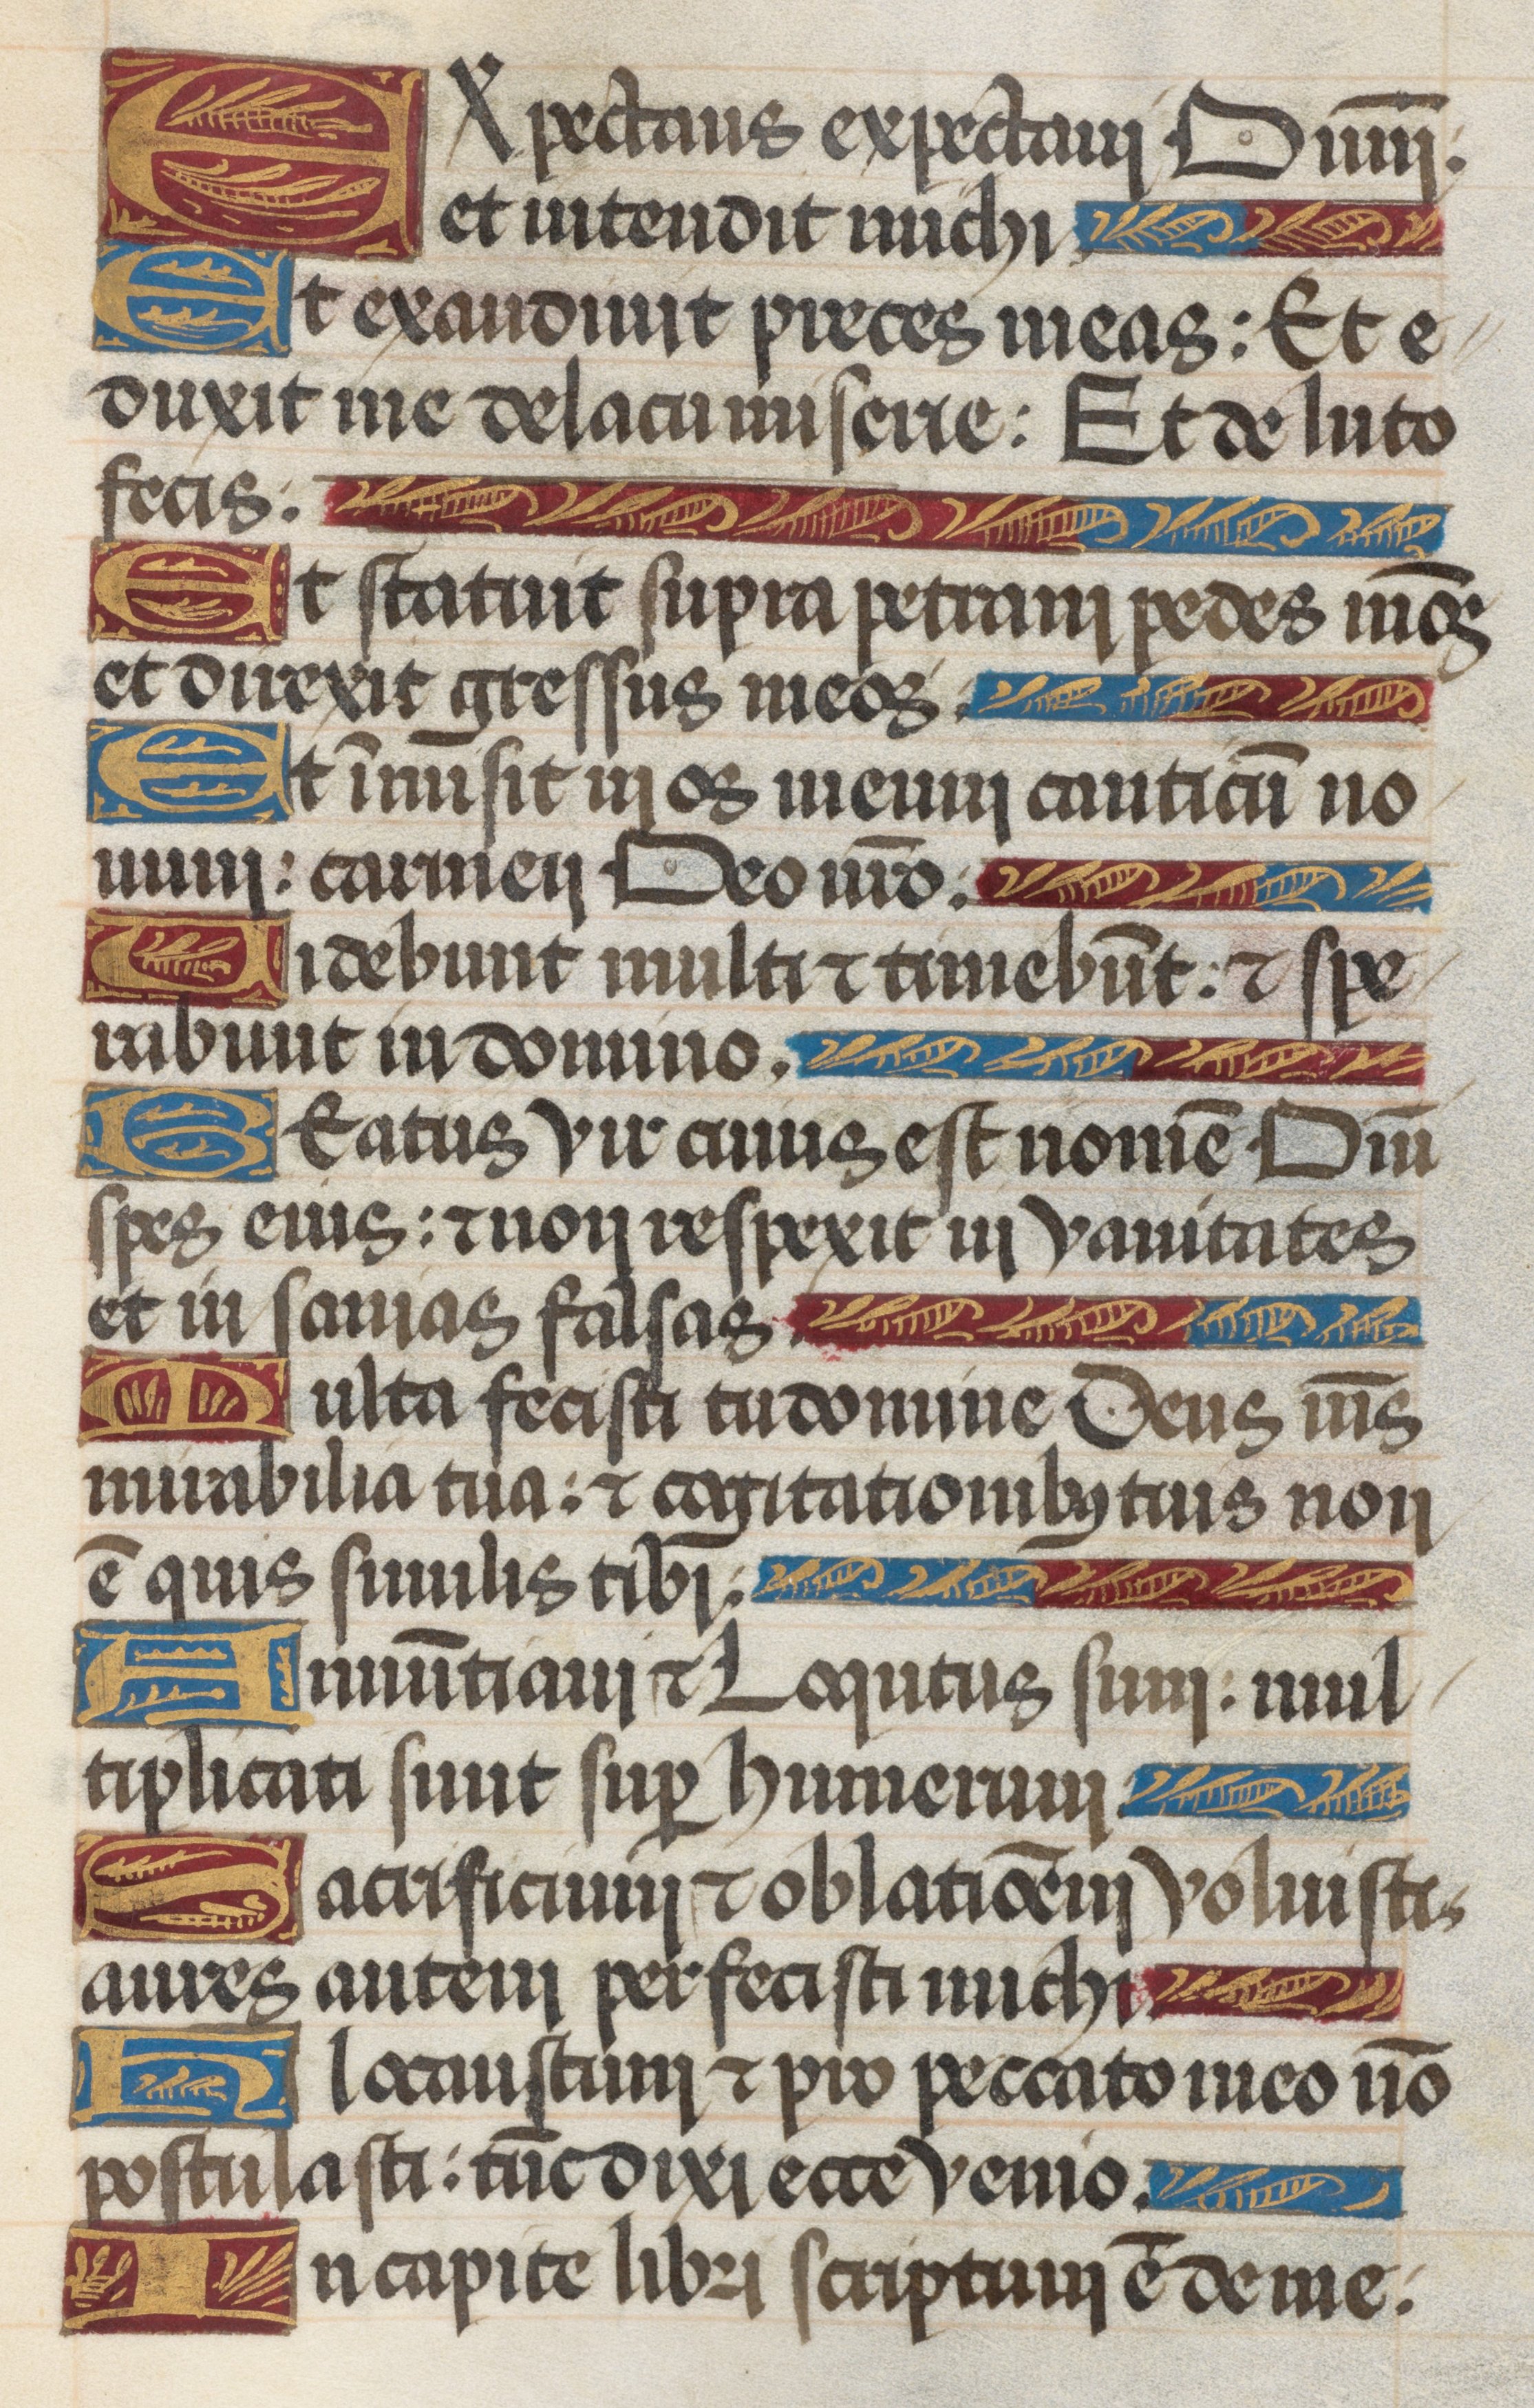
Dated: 1485–1515